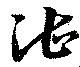
湛